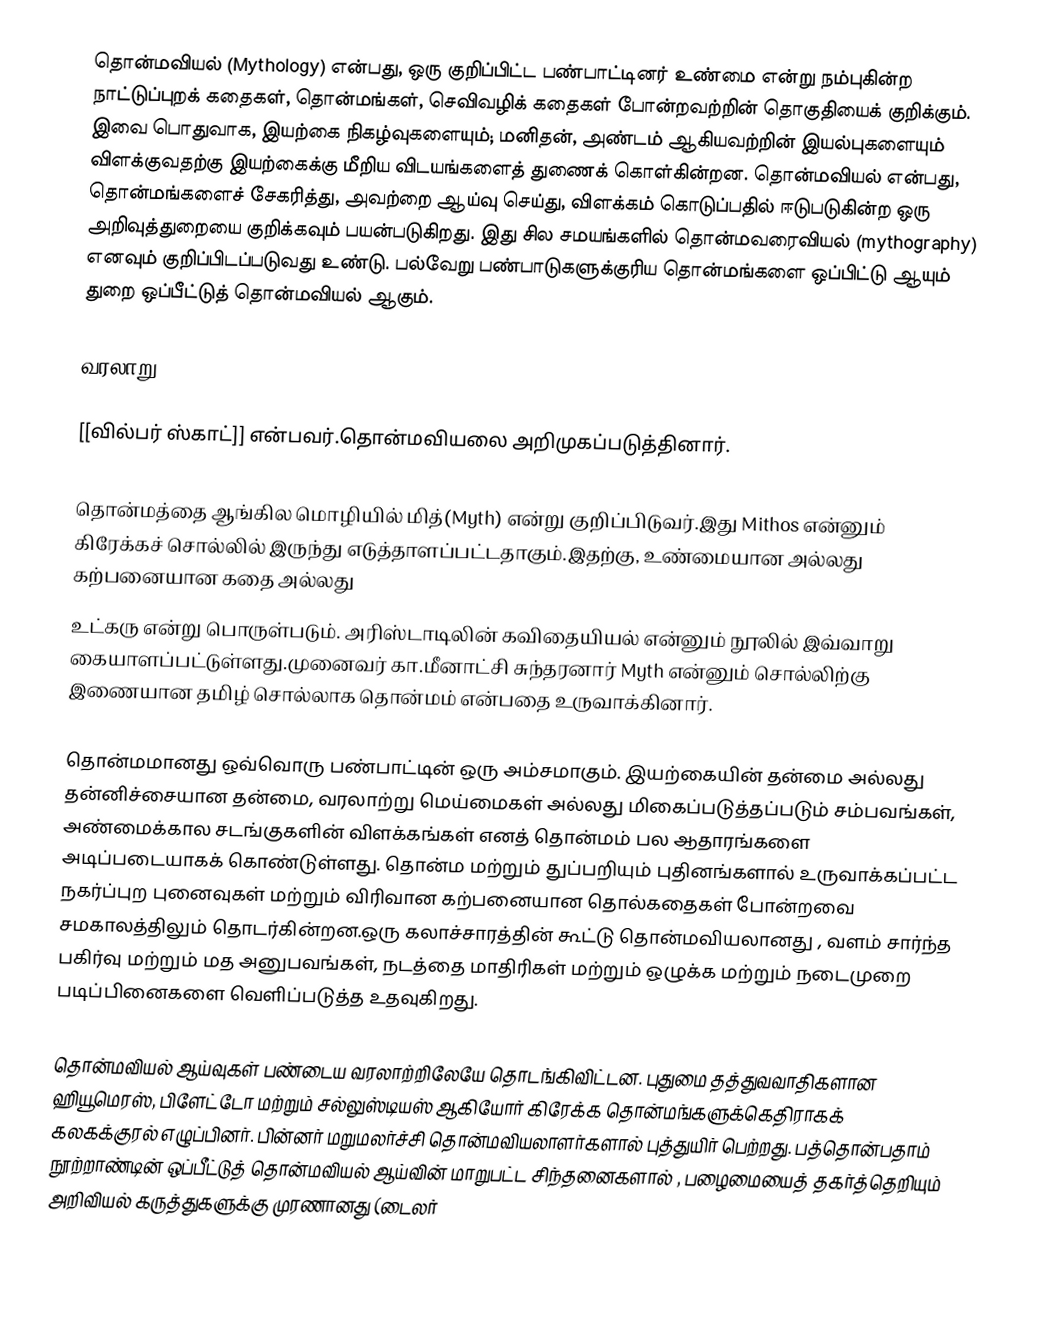
தொன்மவியல் (Mythology) என்பது, ஒரு குறிப்பிட்ட பண்பாட்டினர் உண்மை என்று நம்புகின்ற நாட்டுப்புறக் கதைகள், தொன்மங்கள், செவிவழிக் கதைகள் போன்றவற்றின் தொகுதியைக் குறிக்கும். இவை பொதுவாக, இயற்கை நிகழ்வுகளையும்; மனிதன், அண்டம் ஆகியவற்றின் இயல்புகளையும் விளக்குவதற்கு இயற்கைக்கு மீறிய விடயங்களைத் துணைக் கொள்கின்றன. தொன்மவியல் என்பது, தொன்மங்களைச் சேகரித்து, அவற்றை ஆய்வு செய்து, விளக்கம் கொடுப்பதில் ஈடுபடுகின்ற ஒரு அறிவுத்துறையை குறிக்கவும் பயன்படுகிறது. இது சில சமயங்களில் தொன்மவரைவியல் (mythography) எனவும் குறிப்பிடப்படுவது உண்டு. பல்வேறு பண்பாடுகளுக்குரிய தொன்மங்களை ஒப்பிட்டு ஆயும் துறை ஒப்பீட்டுத் தொன்மவியல் ஆகும்.

வரலாறு

[[வில்பர் ஸ்காட்]] என்பவர்.தொன்மவியலை அறிமுகப்படுத்தினார்.

தொன்மத்தை ஆங்கில மொழியில் மித்(Myth) என்று குறிப்பிடுவர்.இது Mithos என்னும் கிரேக்கச் சொல்லில் இருந்து எடுத்தாளப்பட்டதாகும்.இதற்கு, உண்மையான அல்லது கற்பனையான கதை அல்லது
உட்கரு என்று பொருள்படும். அரிஸ்டாடிலின் கவிதையியல் என்னும் நூலில் இவ்வாறு கையாளப்பட்டுள்ளது.முனைவர் கா.மீனாட்சி சுந்தரனார்  Myth என்னும் சொல்லிற்கு இணையான  தமிழ்  சொல்லாக  தொன்மம் என்பதை உருவாக்கினார்.

தொன்மமானது ஒவ்வொரு பண்பாட்டின் ஒரு அம்சமாகும். இயற்கையின் தன்மை அல்லது தன்னிச்சையான தன்மை, வரலாற்று மெய்மைகள்  அல்லது மிகைப்படுத்தப்படும்  சம்பவங்கள், அண்மைக்கால சடங்குகளின் விளக்கங்கள் எனத் தொன்மம் பல ஆதாரங்களை அடிப்படையாகக் கொண்டுள்ளது. தொன்ம மற்றும் துப்பறியும் புதினங்களால் உருவாக்கப்பட்ட நகர்ப்புற புனைவுகள் மற்றும் விரிவான கற்பனையான தொல்கதைகள் போன்றவை சமகாலத்திலும் தொடர்கின்றன.ஒரு கலாச்சாரத்தின் கூட்டு தொன்மவியலானது , வளம் சார்ந்த பகிர்வு மற்றும் மத அனுபவங்கள், நடத்தை மாதிரிகள் மற்றும் ஒழுக்க மற்றும் நடைமுறை படிப்பினைகளை வெளிப்படுத்த உதவுகிறது.

தொன்மவியல் ஆய்வுகள் பண்டைய வரலாற்றிலேயே  தொடங்கிவிட்டன. புதுமை தத்துவவாதிகளான  ஹியூமெரஸ், பிளேட்டோ மற்றும் சல்லுஸ்டியஸ் ஆகியோர் கிரேக்க தொன்மங்களுக்கெதிராகக் கலகக்குரல் எழுப்பினர். பின்னர் மறுமலர்ச்சி தொன்மவியலாளர்களால் புத்துயிர் பெற்றது. பத்தொன்பதாம் நூற்றாண்டின் ஒப்பீட்டுத் தொன்மவியல் ஆய்வின் மாறுபட்ட சிந்தனைகளால் , பழைமையைத் தகர்த்தெறியும் அறிவியல் கருத்துகளுக்கு முரணானது (டைலர்